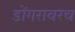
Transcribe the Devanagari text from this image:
डोंगरावरच